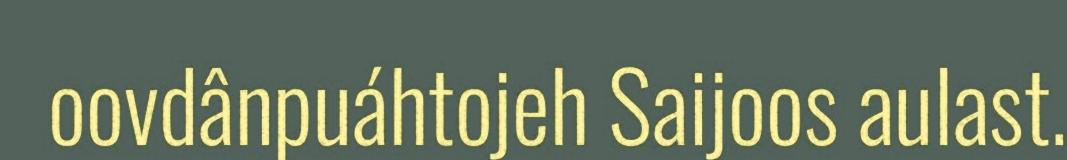
oovdânpuáhtojeh Saijoos aulast.